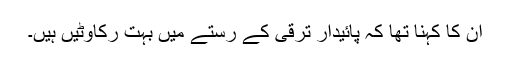
ان کا کہنا تھا کہ پائیدار ترقی کے رستے میں بہت رکاوٹیں ہیں۔